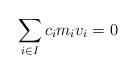
LaTeX: \begin{align*}\sum_{i \in I}c_i m_i v_i =0\end{align*}